Scottish Leaving Certificate Examination, 1957
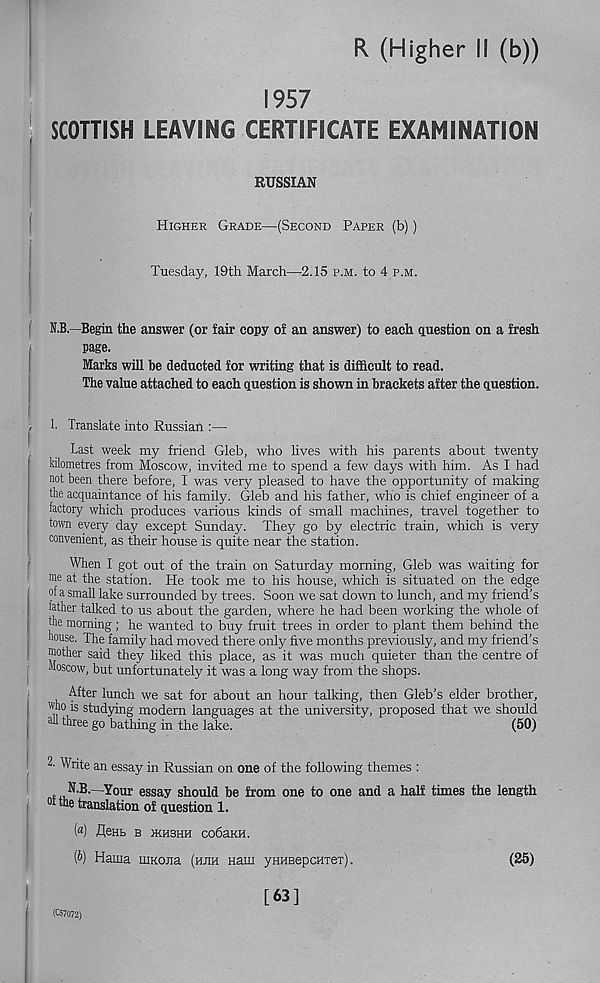
R (Higher li (b))
1957
SCOTTISH LEAVING CERTIFICATE EXAMINATION
RUSSIAN
Higher Grade—(Second Paper (b))
Tuesday, 19th March—2.15 p.m. to 4 p.m.
N.B.—Begin the answer (or fair copy of an answer) to each question on a fresh
page.
Marks will he deducted for writing that is difficult to read.
The value attached to each question is shown in brackets after the question.
1. Translate into Russian :—
Last week my friend Gleb, who lives with his parents about twenty
kilometres from Moscow, invited me to spend a few days with him. As I had
not been there before, I was very pleased to have the opportunity of making
the acquaintance of his family. Gleb and his father, who is chief engineer of a
factory which produces various kinds of small machines, travel together to
town every day except Sunday. They go by electric train, which is very
convenient, as their house is quite near the station.
When I got out of the train on Saturday morning, Gleb was waiting for
me at the station. He took me to his house, which is situated on the edge
of a small lake surrounded by trees. Soon we sat down to lunch, and my friend’s
father talked to us about the garden, where he had been working the whole of
the morning; he wanted to buy fruit trees in order to plant them behind the
house. The family had moved there only five months previously, and my friend’s
mother said they liked this place, as it was much quieter than the centre of
Moscow, but unfortunately it was a long way from the shops.
After lunch we sat for about an hour talking, then Gleb’s elder brother,
who is studying modern languages at the university, proposed that we should
ml three go bathing in the lake.
(50)
2. Write an essay in Russian on one of the following themes :
N-B.—Your essay should be from one to one and a half times the length
°f we translation of question 1.
(«) fleHL B IKH3HH Co6aKH.
(b) Hama iiiKona (hjih Ham ynuBepcHTex).
(25)
(C57072)
[63]